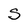
Character: s